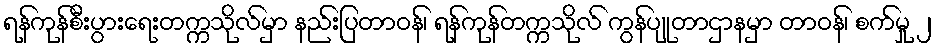
ရန်ကုန်စီးပွားရေးတက္ကသိုလ်မှာ နည်းပြတာဝန်၊ ရန်ကုန်တက္ကသိုလ် ကွန်ပျုတာဌာနမှာ တာဝန်၊ စက်မှု ၂